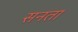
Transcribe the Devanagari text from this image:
सनता